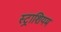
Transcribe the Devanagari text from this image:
स्ट्राशियम